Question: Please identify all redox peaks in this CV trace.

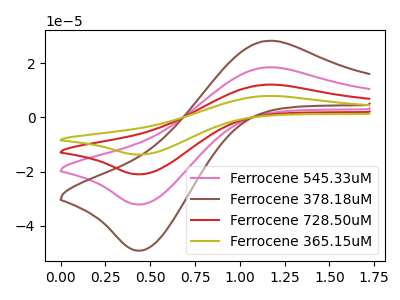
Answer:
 <answer>The pink curve "Ferrocene 545.33uM" has an anodic peak at (1.15V, 18.40uA) and a cathodic peak at (0.45V, -32.10uA). The brown curve "Ferrocene 378.18uM" has an anodic peak at (1.15V, 28.15uA) and a cathodic peak at (0.45V, -49.10uA). The red curve "Ferrocene 728.50uM" has an anodic peak at (1.15V, 36.80uA) and a cathodic peak at (0.45V, -64.20uA). The olive curve "Ferrocene 365.15uM" has an anodic peak at (1.15V, 55.20uA) and a cathodic peak at (0.45V, -96.30uA).</answer>
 <eval></eval>